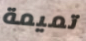
تميمة